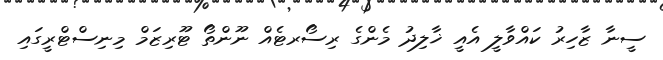
ސީނާ ޒާހިރު ކައްވާލީ އެއީ ޚާލިދު މެންގެ ރިސޯރޓެއް ނޫންތޯ ޓޫރިޒަމް މިނިސްޓްރީގައި